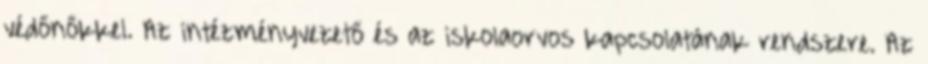
védőnőkkel. Az intézményvezető és az iskolaorvos kapcsolatának rendszere. Az